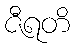
ဇီရတိ